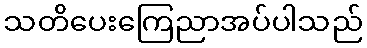
သတိပေးကြေညာအပ်ပါသည်